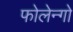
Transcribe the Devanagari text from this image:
फोलेन्गो